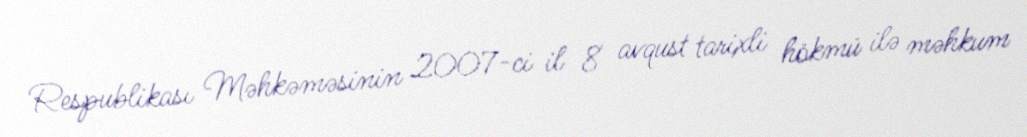
Respublikası Məhkəməsinin 2007-ci il 8 avqust tarixli hökmü ilə məhkum